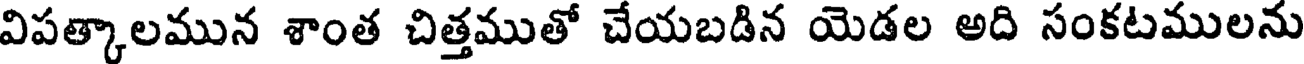
విపత్కాలమున శాంత చిత్తముతో చేయబడిన యెడల అది సంకటములను